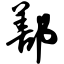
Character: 鄯